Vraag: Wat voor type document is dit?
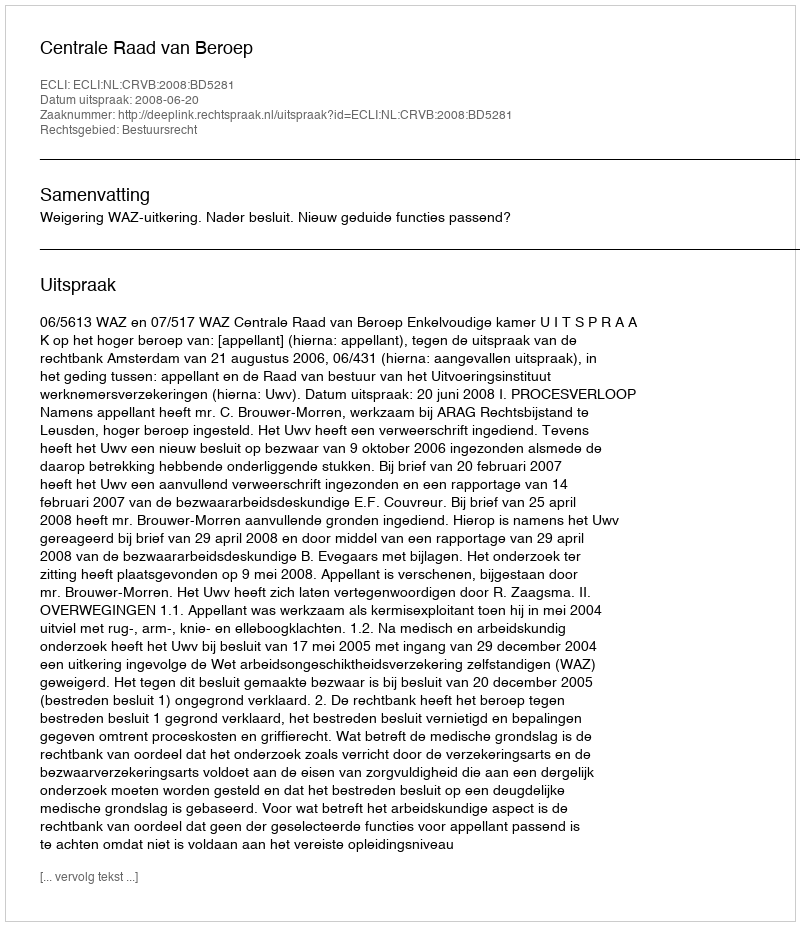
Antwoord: Uitspraak